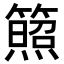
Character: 𥵕